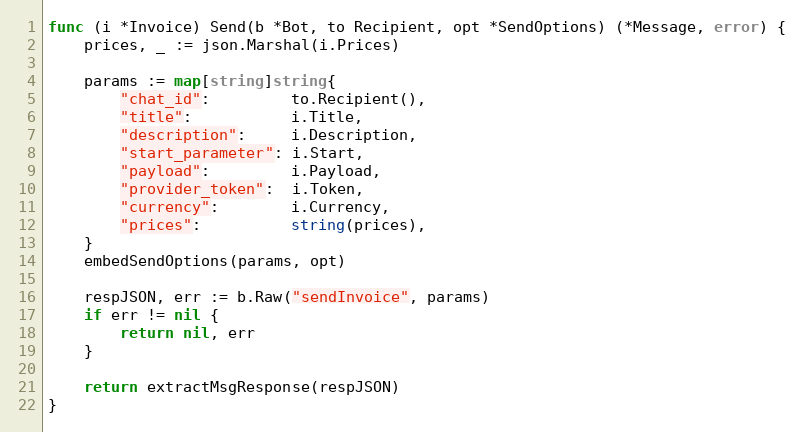
Language: Go
func (i *Invoice) Send(b *Bot, to Recipient, opt *SendOptions) (*Message, error) {
	prices, _ := json.Marshal(i.Prices)

	params := map[string]string{
		"chat_id":         to.Recipient(),
		"title":           i.Title,
		"description":     i.Description,
		"start_parameter": i.Start,
		"payload":         i.Payload,
		"provider_token":  i.Token,
		"currency":        i.Currency,
		"prices":          string(prices),
	}
	embedSendOptions(params, opt)

	respJSON, err := b.Raw("sendInvoice", params)
	if err != nil {
		return nil, err
	}

	return extractMsgResponse(respJSON)
}